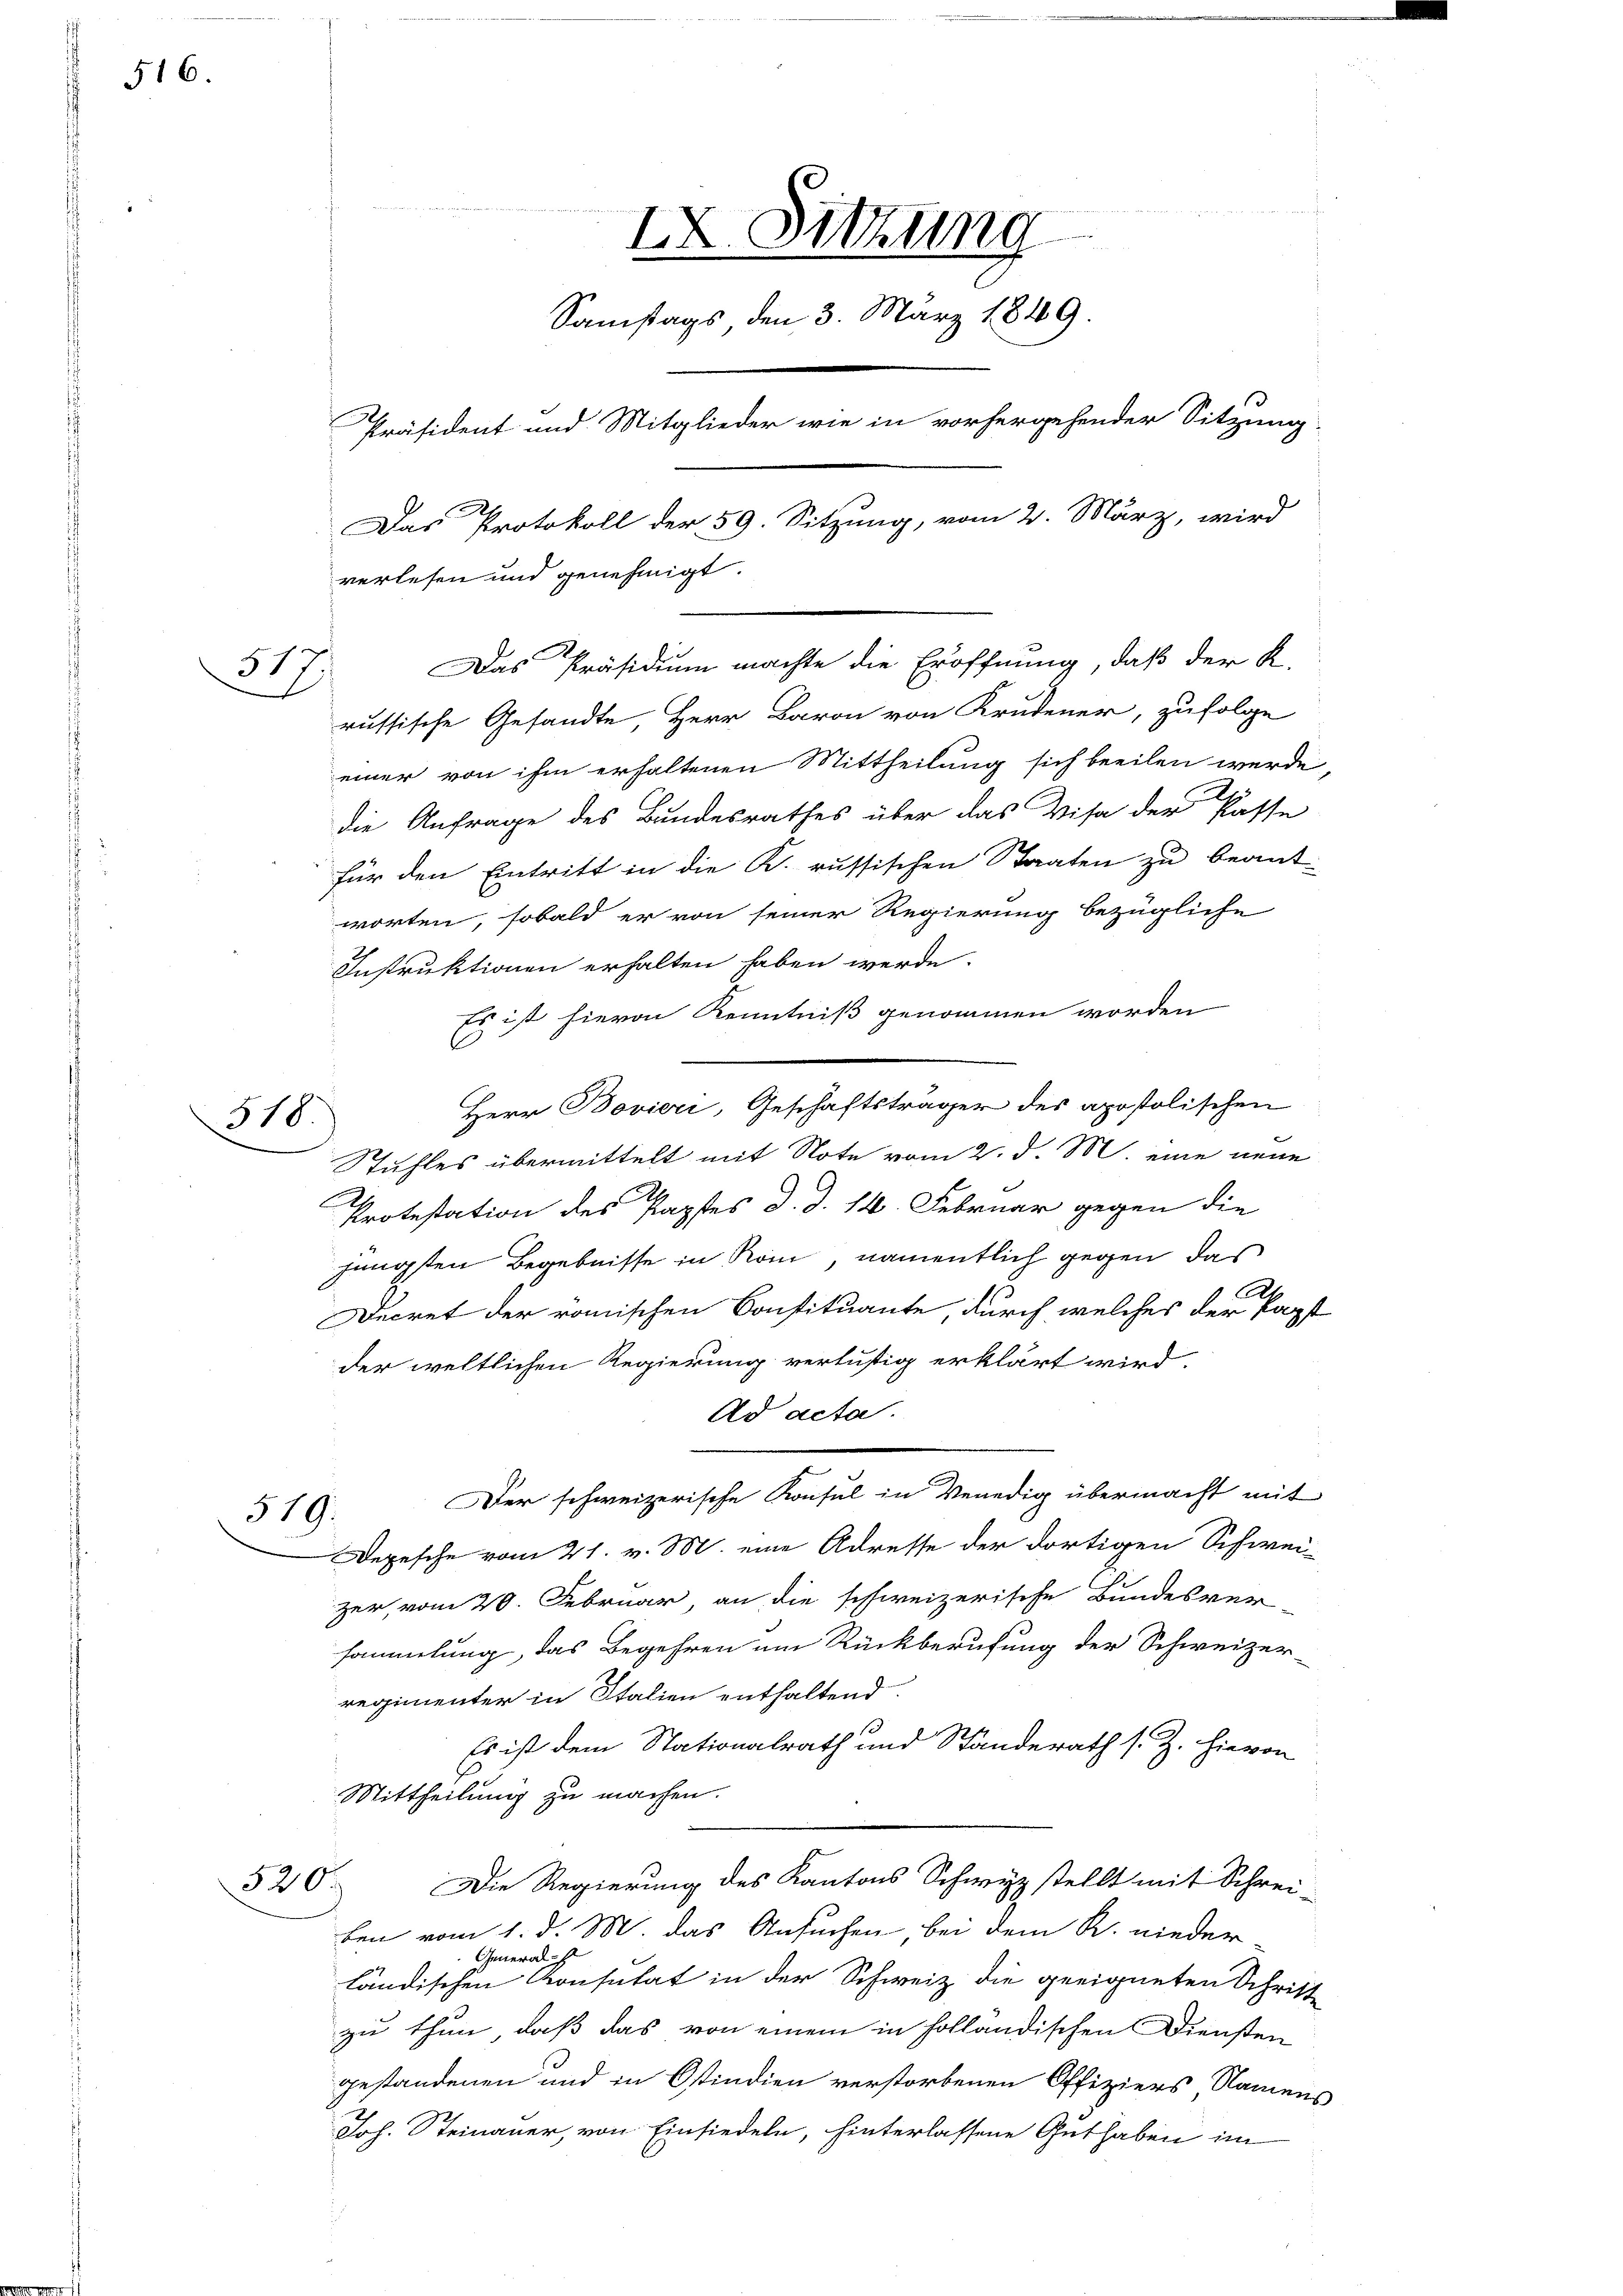
516.

317.

518

russische Gesandte, Herr Baron von Krudener, zufolge
einer von ihm erhaltenen Mittheilung sich beeilen werde,
die Anfrage des Bundesrathes über das Visa der Pässe
für den Eintritt in die K. russischen Staaten zu beant-
worten, sobald er von seiner Regierung bezügliche
Instruktionen erhalten haben werde.
Es ist hievon Kenntniß genommen worden
C
Stuhles übermittelt mit Note vom 2. d. M. eine neue
Protestation des Papstes d. d. 14. Februar gegen die
jüngsten Begebnisse in Rom namentlich gegen das
A.
Decret der römischen Constituante, durch welches der Papst
der weltlichen Regierung verlustig erklärt wird.
Ad acta.
Der schweizerische Konsul in Venedig übermacht mit
519.
Depesche vom 21. v. M. eine Adresse der dortigen Schwei-
zer, vom 20. Februar an die schweizerische Bundesver-
sammlung, das Begehren um Rückberufung der Schweizer-
regimenter in Italien enthaltend
Es ist dem Nationalrath und Standerath s. Z. hievon
Mittheilung zu machen.
Die Regierung des Kantons Schwyz stellt mit Schrei-
320.
ben vom 1. d. M. das Ansuchen bei dem R. nieder
Generade ist
ländischen Konsulat in der Schweiz die geeigneten Schritt
zu thun, daß das von einem in holländischen Diensten
gestandenen und in Ostindien verstorbenen Offiziers Namens
Joh. Steinauer, von Einsiedeln, hinterlassene Guthaben im

IX. Sitzung
Samstags den 3. März 1849
Präsident und Mitglieder wie in vorhergehender Sitzung.
Das Protokoll der 59. Sitzung, vom 2. März, wird
verlesen und genehmigt.

Herr Bovieri, Geschäftsträger des apostolischen

Das Präsidium machte die Eröffnung, daß der K.